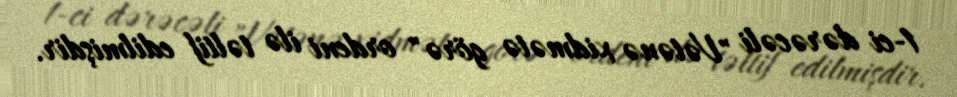
1-ci dərəcəli "Vətənə xidmətə görə" ordeni ilə təltif edilmişdir.